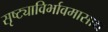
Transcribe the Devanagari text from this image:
सृष्ट्याविर्भावमासाद्य